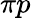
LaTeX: \pi p